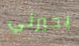
يحيرني